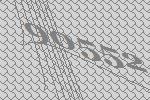
90552